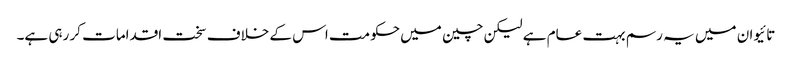
تائیوان میں یہ رسم بہت عام ہے لیکن چین میں حکومت اس کے خلاف سخت اقدامات کر رہی ہے۔